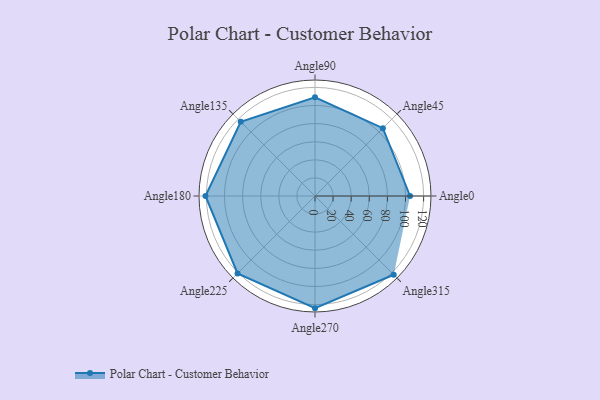
{"axis": {"x": "Angle", "y": "Radius"}, "legend": [""], "data": [{"x": "Angle0", "y": 105.0, "type": ""}, {"x": "Angle45", "y": 106.0, "type": ""}, {"x": "Angle90", "y": 109.0, "type": ""}, {"x": "Angle135", "y": 116.0, "type": ""}, {"x": "Angle180", "y": 121.0, "type": ""}, {"x": "Angle225", "y": 121.0, "type": ""}, {"x": "Angle270", "y": 124.0, "type": ""}, {"x": "Angle315", "y": 123.0, "type": ""}]}